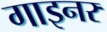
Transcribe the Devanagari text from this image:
गाइनर